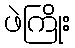
ဖဲကြိုး